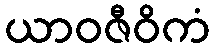
ယာဝဇီဝိကံ